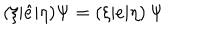
( \xi | \hat { e } | \eta ) \Psi = ( \xi | e | \eta ) \, \Psi